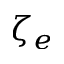
\zeta _ { e }